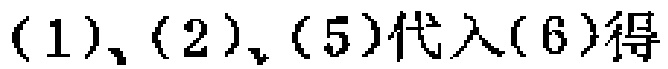
$(1)、(2)、(5)代入(6)得$